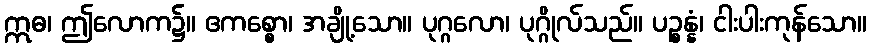
ဣဓ၊ ဤလောက၌။ ဧကစ္စော၊ အချို့သော။ ပုဂ္ဂလော၊ ပုဂ္ဂိုလ်သည်။ ပဉ္စန္နံ၊ ငါးပါးကုန်သော။